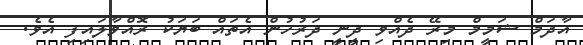
އާދަމް ޝަމީމް މިރޭ ދެއްވި ދީނީ ދަރުހުން އެތައް ބަޔަކު ރޮއްވާލައިފި އެވެ.